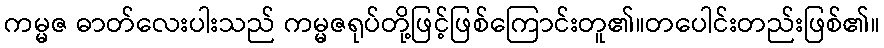
ကမ္မဇ ဓာတ်လေးပါးသည် ကမ္မဇရုပ်တို့ဖြင့်ဖြစ်ကြောင်းတူ၏။တပေါင်းတည်းဖြစ်၏။